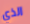
الذي